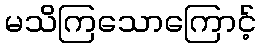
မသိကြသောကြောင့်